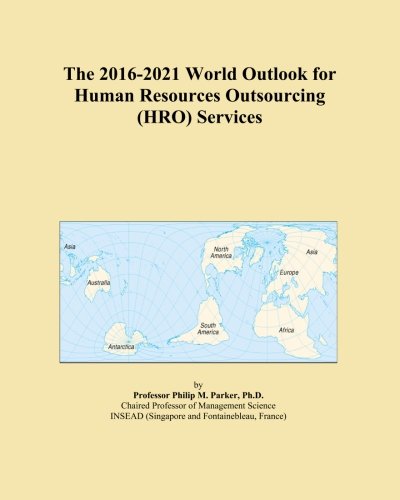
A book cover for The 2016-2021 World Outlook for Human Resources Outsourcing (HRO) Services; Icon Group International; Business & Money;